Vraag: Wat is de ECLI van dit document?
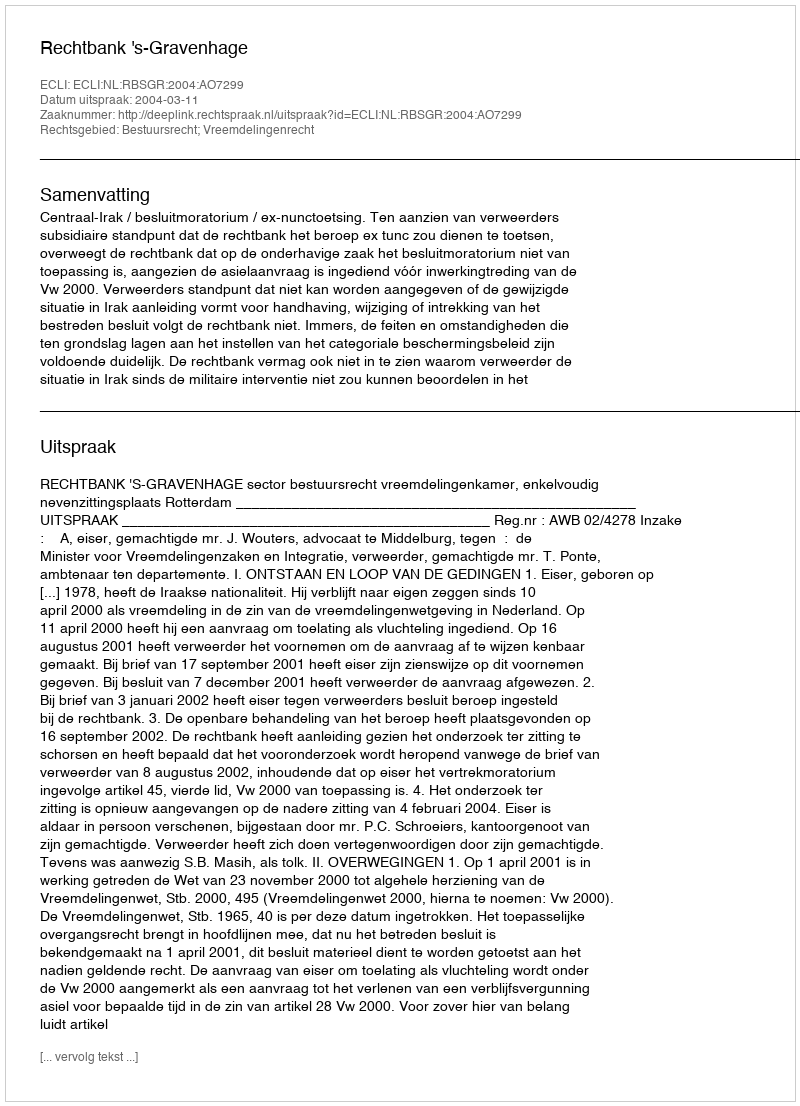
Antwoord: ECLI:NL:RBSGR:2004:AO7299